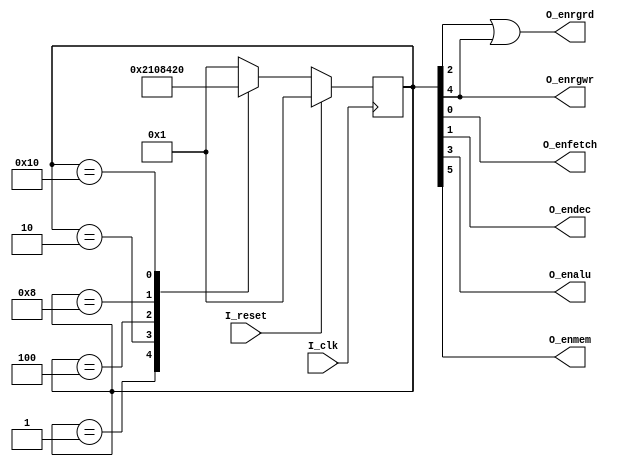
module ctrl_unit(
    input I_clk,
    input I_reset,
    output O_enfetch,
    output O_endec,
    output O_enrgrd,
    output O_enalu,
    output O_enrgwr,
    output O_enmem
    );
    
    reg [5:0] state;
    
    assign O_enfetch = state[0];
    assign O_endec = state[1];
    assign O_enrgrd = state[2] | state[4];
    assign O_enalu = state[3];
    assign O_enrgwr = state[4];
    assign O_enmem = state[5];
    
    initial begin
        state = 6'b000001;
    end
    
    always @(posedge I_clk) begin
        if(I_reset) begin
            state <= 6'b000001;
        end
        else begin
            case(state)
                6'b000001 : state <= 6'b000010;
                6'b000010 : state <= 6'b000100;
                6'b000100 : state <= 6'b001000;
                6'b001000 : state <= 6'b010000;
                6'b010000 : state <= 6'b100000;
                default : state <= 6'b000001;
            endcase
        end
    end
endmodule